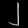
Digit: ၂